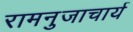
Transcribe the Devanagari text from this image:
रामनुजाचार्य